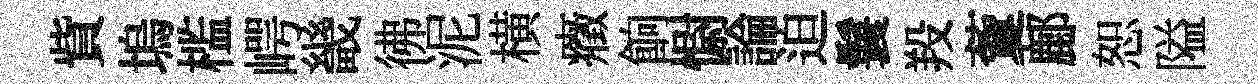
貲塢槛崿畿彿泥横癥餉𢠢論迫鬟羖藑鄜恕隘